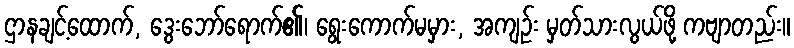
ဌာနချင့်ထောက်, ဒွေးဘော်ရောက်၏၊ ရွေးကောက်မမှား, အကျဉ်း မှတ်သားလွယ်ဖို့ ကဗျာတည်း။